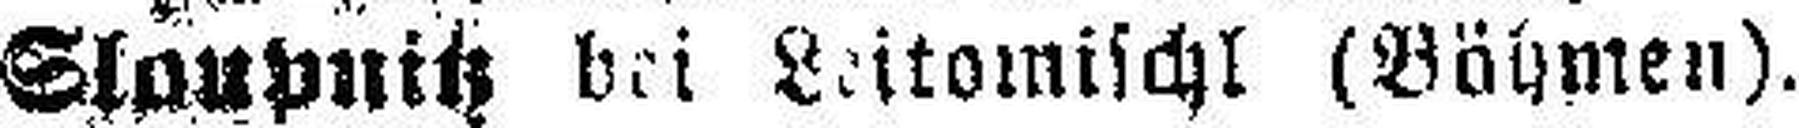
Slaupnitz bei Leitomischl (Böhmen).